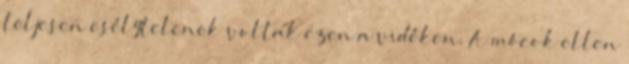
teljesen esélytelenek voltak ezen a vidéken. A mócok ellen